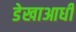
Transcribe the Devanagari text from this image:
डेखाआधी